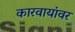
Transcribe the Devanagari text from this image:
कारवायांवर